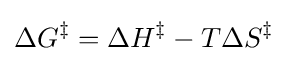
{\Delta G^{\ddagger }=\Delta H^{\ddagger }-T\Delta S^{\ddagger }}